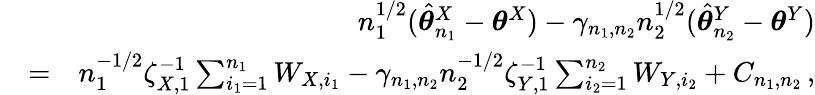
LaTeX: \begin{array}{rlr}&{}&{n_{1}^{1/2}(\hat{{\boldsymbol\theta}}_{n_{1}}^{X}-{\boldsymbol\theta}^{X})-\gamma_{n_{1},n_{2}}n_{2}^{1/2}(\hat{{\boldsymbol\theta}}_{n_{2}}^{Y}-{\boldsymbol\theta}^{Y})}\\ &{=}&{n_{1}^{-1/2}\zeta_{X,1}^{-1}\sum_{i_{1}=1}^{n_{1}}W_{X,i_{1}}-\gamma_{n_{1},n_{2}}n_{2}^{-1/2}\zeta_{Y,1}^{-1}\sum_{i_{2}=1}^{n_{2}}W_{Y,i_{2}}+C_{n_{1},n_{2}}\, ,}\end{array}